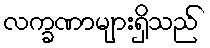
လက္ခဏာများရှိသည်